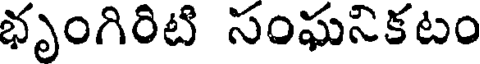
భృంగిరిటి సంఘనికటం